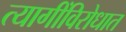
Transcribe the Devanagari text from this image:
त्यागींविरोधात